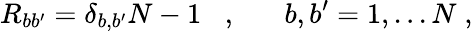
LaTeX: R_{bb^{\prime}}=\delta_{b,b^{\prime}}N-1\; \; \; ,\; \; \; \; \; \; b,b^{\prime}=1,...N\; ,